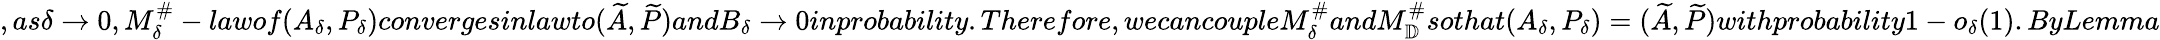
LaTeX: ,as\delta\to 0,M_{\delta}^{\# }-lawof(A_{\delta},P_{\delta})convergesinlawto(\widetilde A,\widetilde P)andB_{\delta}\to 0inprobability.Therefore,wecancoupleM_{\delta}^{\# }andM_{\mathbb D}^{\# }sothat(A_{\delta},P_{\delta})=(\widetilde A,\widetilde P)withprobability1-o_{\delta}(1).ByLemma